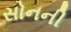
સોનની